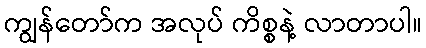
ကျွန်တော်က အလုပ် ကိစ္စနဲ့ လာတာပါ။